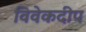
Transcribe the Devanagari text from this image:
विवेकदीप